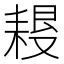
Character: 𦔀